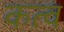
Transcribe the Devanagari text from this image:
कत्व